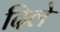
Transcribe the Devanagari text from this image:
दिलेे